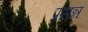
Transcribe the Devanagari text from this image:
प्रसन्नं